Annual report of the Punjab Veterinary College and of the Civil Veterinary Department, Punjab - 1909-1919
Year: 1909
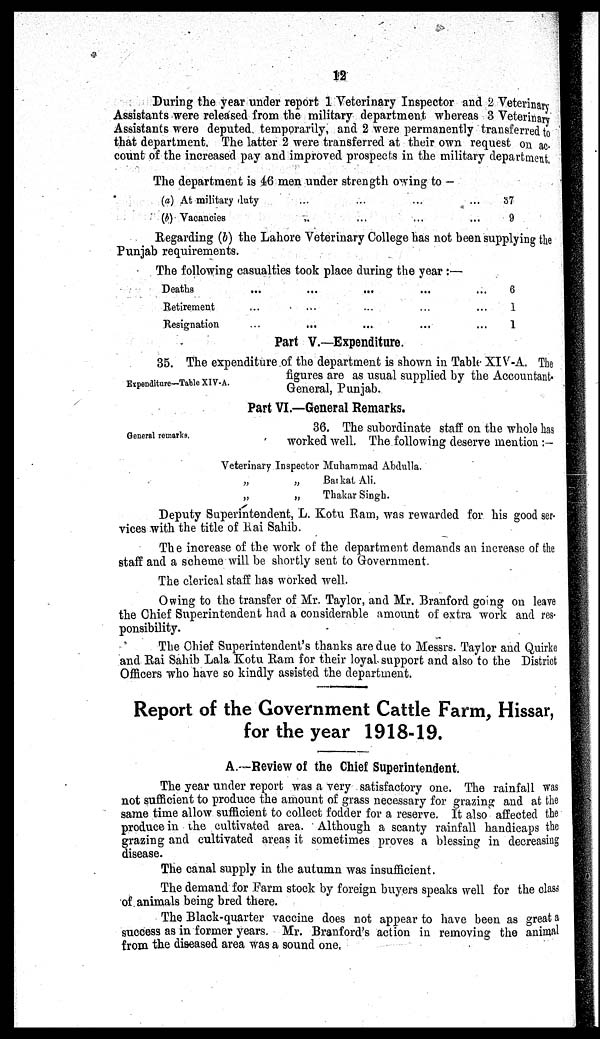
12
During the year under report 1 Veterinary Inspector and 2 Veterinary
Assistants were released from the military department whereas 3 Veterinary
Assistants were deputed temporarily, and 2 were permanently transferred to
that department, The latter 2 were transferred at their own request on ac-
count of the increased pay and improved prospects in the military department.
The department is 46 men under strength owing to -
(a) At military duty
(b) Vacancies
...
..
...
...
...
...
...
...
87
9
Regarding (b) the Lahore Veterinary College has not been supplying the
Punjab requirements.
The following casualties took place during the year :—
Deaths
Retirement
Resignation
...
...
...
...
...
...
...
...
...
...
...
...
...
...
...
6
1
1
Part V.—Expenditure.
Expenditure—Table XIV-A.
35. The expenditure of the department is shown in Table XIV-A. The
figures are as usual supplied by the Accountant-
General, Punjab.
Part VI.—General Remarks.
General remarks.
36. The subordinate staff on the whole has
worked well. The following deserve mention :-
Veterinary Inspector Muhammad Abdulla.
"
"
"
"
Barkat Ali.
Thakar Singh.
Deputy Superintendent, L. Kotu Ram, was rewarded for his good ser-
vices with the title of Rai Sahib.
The increase of the work of the department demands an increase of the
staff and a scheme will be shortly sent to Government.
The clerical staff has worked well.
Owing to the transfer of Mr. Taylor, and Mr. Branford going on leave
the Chief Superintendent had a considerable amount of extra work and res-
ponsibility.
The Chief Superintendent's thanks are due to Messrs. Taylor and Quirke
and Rai Sahib Lala Kotu Ram for their loyal support and also to the District
Officers who have so kindly assisted the department.
Report of the Government Cattle Farm, Hissar,
for the year 1918-19.
A.—Review of the Chief Superintendent.
The year under report was a very satisfactory one. The rainfall was
not sufficient to produce the amount of grass necessary for grazing and at the
same time allow sufficient to collect fodder for a reserve. It also affected the
produce in the cultivated area. Although a scanty rainfall handicaps the
grazing and cultivated areas it sometimes proves a blessing in decreasing
disease.
The canal supply in the autumn was insufficient.
The demand for Farm stock by foreign buyers speaks well for the class
of animals being bred there.
The Black-quarter vaccine does not appear to have been as great a
success as in former years. Mr. Branford's action in removing the animal
from the diseased area was a sound one,